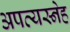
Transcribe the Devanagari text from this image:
अपत्यस्नेह